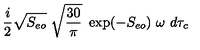
{ \frac { i } { 2 } } \sqrt { S _ { e o } } \ \sqrt { { \frac { 3 0 } { \pi } } } \ \exp ( - S _ { e o } ) \ \omega \ d \tau _ { c }